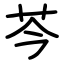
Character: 芩